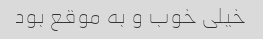
خیلی خوب و به موقع بود